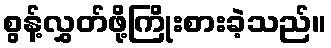
စွန့်လွှတ်ဖို့ကြိုးစားခဲ့သည်။